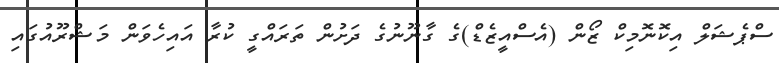
ސްޕެޝަލް އިކޮނޮމިކް ޒޯން (އެސްއީޒެޑް)ގެ ގާނޫނުގެ ދަށުން ތަރައްގީ ކުރާ އައިހެވަން މަަޝްރޫއުގައި